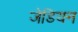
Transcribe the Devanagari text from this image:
जेडियन